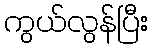
ကွယ်လွန်ပြီး